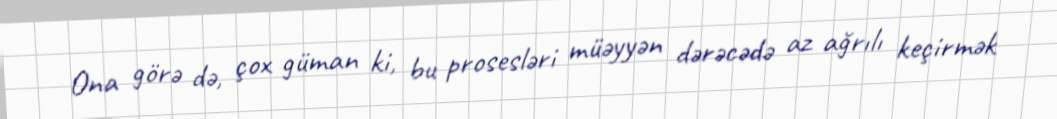
Ona görə də, çox güman ki, bu prosesləri müəyyən dərəcədə az ağrılı keçirmək